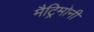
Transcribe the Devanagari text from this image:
मैट्रिमोनी